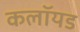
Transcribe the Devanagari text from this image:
कलॉयड